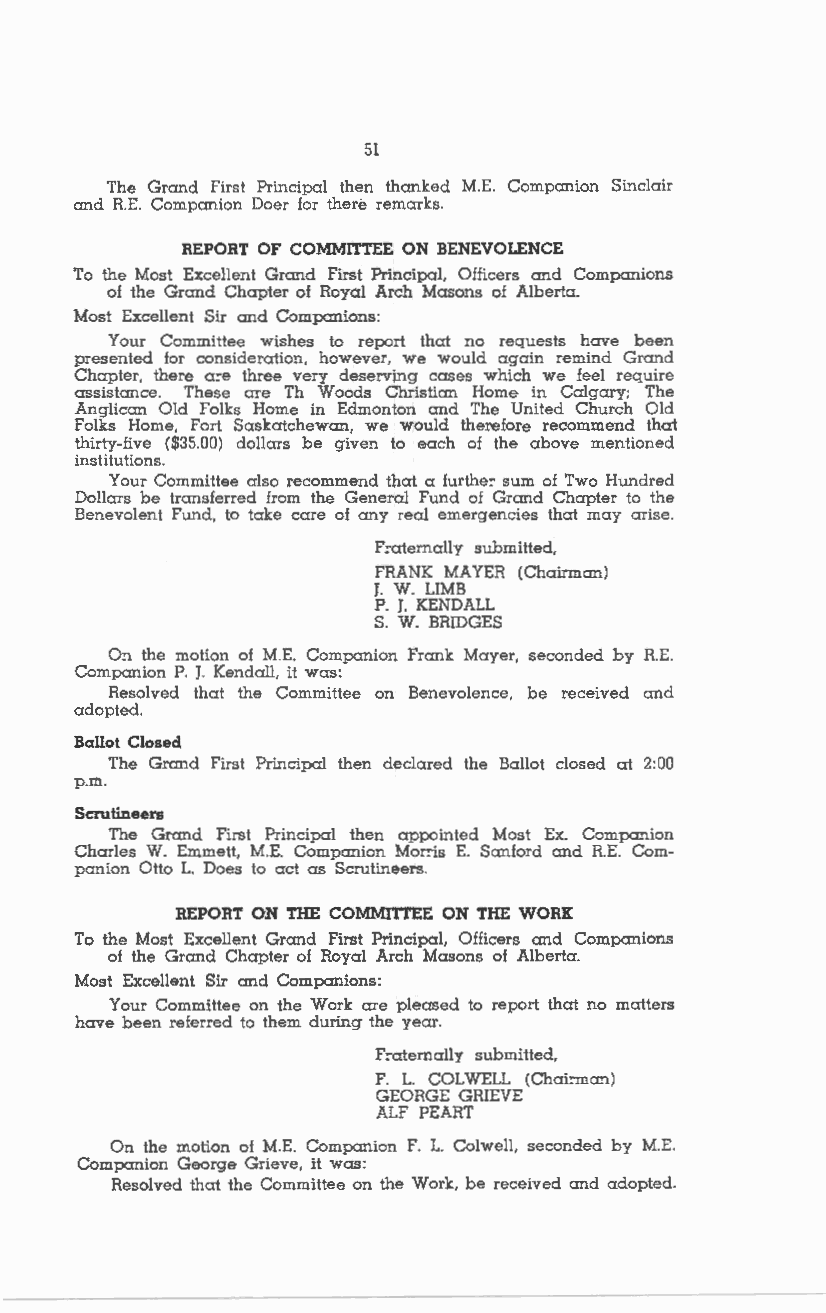
51
 The Grand First Principal then thanked M.E. Companion Sinclair
 and RE. Companion Doer for there remarks.
 REPORT OF COMMITTEE ON BENEVOLENCE
 To the Most Excellent Grand First Principal, Officers and Companions
 of the Grand Chapter of Royal Arch Masons of Alberta.
 Most Excellent Sir and Companions:
 Your Committee wishes to report that no requests have been
 presented for consideration, however, we would again remind Grand
 Chapter, there a:e three very deserving cases which we feel require
 assistance. These are Th W cods Christian Home in Calgary; The
 Anglican Old Folks Home in Edmonton and The United Church Old
 Folks Home, Fort Saskatchewan, we would therefore recommend that
 thirty-five ($35.00) dollars be given to each of the above mentioned
 institutions.
 Your Committee also recommend that a furthe: sum of Two Hundred
 Dollars be transferred from the General Fund of Grand Chapter to the
 Benevolent Fund, to take care of any real emergencies that may arise.
 F:aternally submitted,
 FRANK MA YER (Chairman)
 J. W. LIMB
 P. J. KENDALL
 S. W. BRIDGES
 On the motion of M.E. Companion Frank Mayer, seconded by RE.
 Companion P. J. Kendall, it was:
 Resolved that the Committee on Benevolence, be received and
 adopted.
 Ballot Closed
 The Grand First Principal then declared the Ballot closed at 2:00
 p.m.
 Scrutineers
 The Grand First Principal then appointed Most Ex. Companion
 Charles W. Emmett, M.E. Companion Mor:is E. Sanford and RE. Com
 panion Otto L. Does to act as Scrutineers.
 REPORT ON THE COMMITTEE ON THE WORK
 To the Most Excellent Grand First Principal, Officers and Companions
 of the Grand Chapter of Royal Arch Masons of Alberta.
 Most Excellent Sir and Companions:
 Your Committee on the Work are pleased to report that no matters
 have been referred to them during the year.
 F:aternally submitted,
 F. L. COLW ELL (Chai:rnan)
 GEORGE GRIEVE
 ALF PEART
 On the motion of M.E. Companion F. L. Colwell, seconded by M.E.
 Companion George Grieve, it was:
 Resolved that the Committee on the Work, be received and adopted.